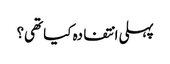
پہلی انتفادہ کیا تھی؟